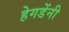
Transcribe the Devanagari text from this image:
हेगडेंनी